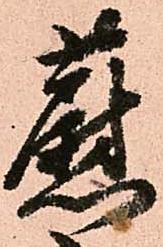
蔚